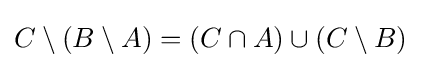
C\setminus (B\setminus A)=(C\cap A)\cup (C\setminus B)